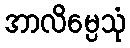
အာလိမ္ပေသုံ